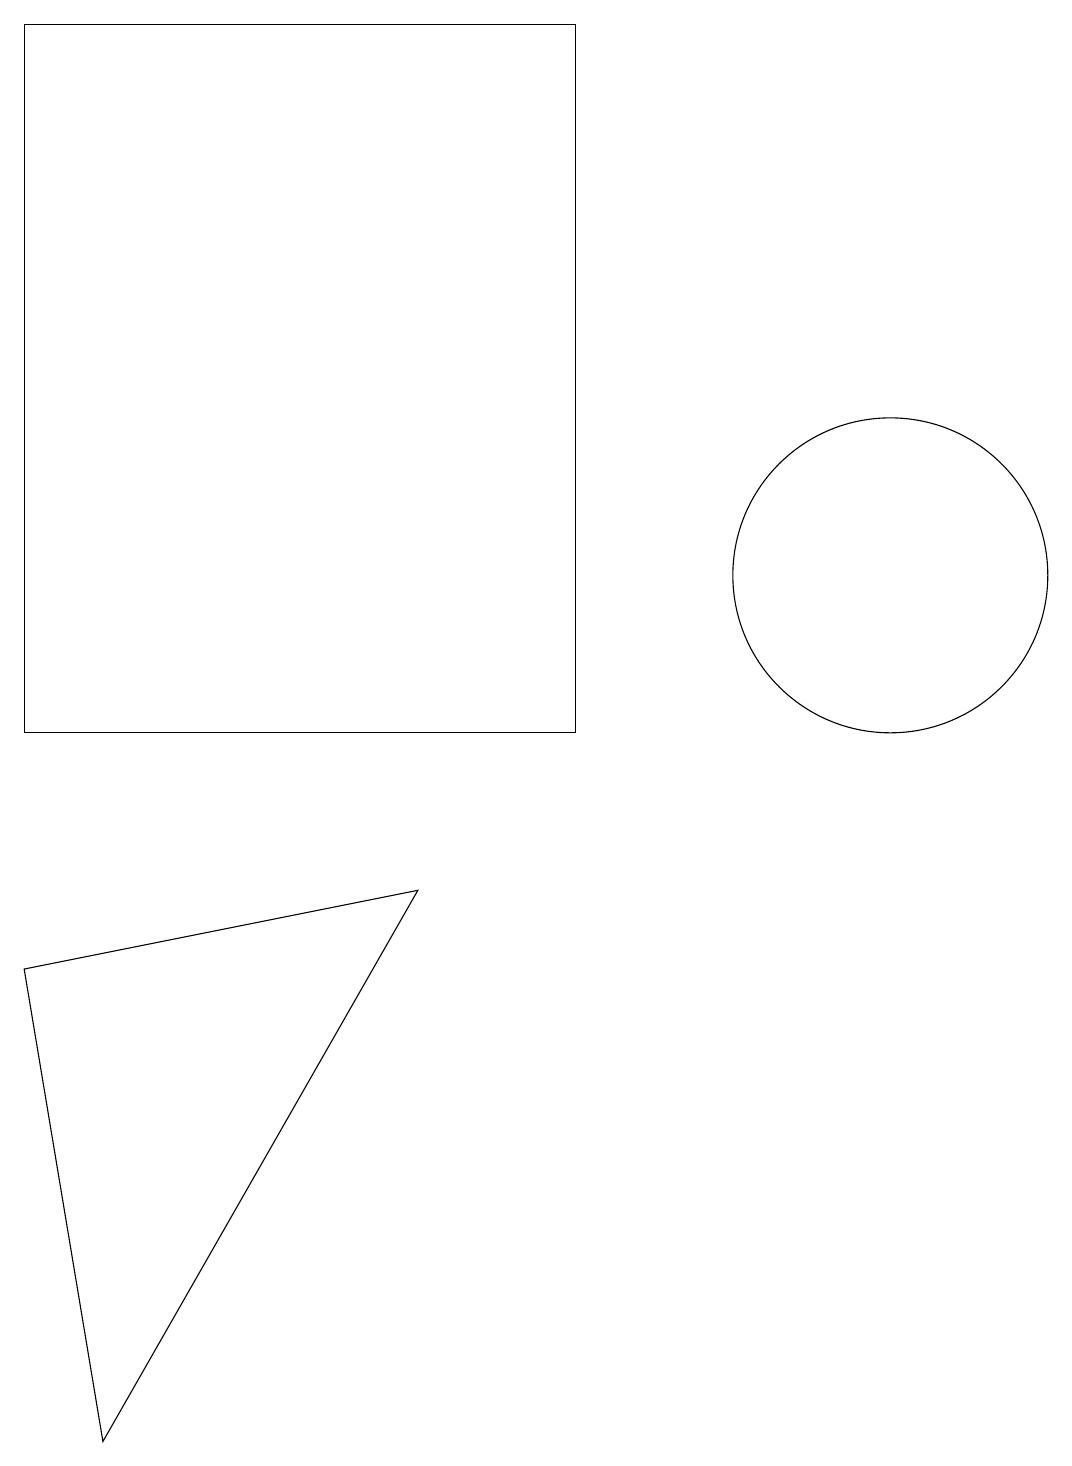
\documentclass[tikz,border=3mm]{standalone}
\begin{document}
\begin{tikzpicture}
\draw (10,11) circle (0);
\draw (1,10) rectangle (8,19);
\draw (12,12) circle (2);
\draw (2,1) -- (6,8) -- (1,7) -- cycle;
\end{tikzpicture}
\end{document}